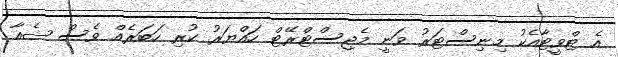
އެ ޓްވީޓާއެކު މިނިސްޓަރު ވަނީ މެޖިސްޓްރޭޓް ހައްޔަރު ކުރި ހަބަރެއް ވެސް ޝެއާ